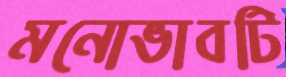
মনোভাবটি